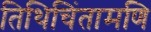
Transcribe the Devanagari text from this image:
तिथिचिंतामणि